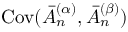
\mathrm { C o v } ( \bar { A } _ { n } ^ { ( \alpha ) } , \bar { A } _ { n } ^ { ( \beta ) } )